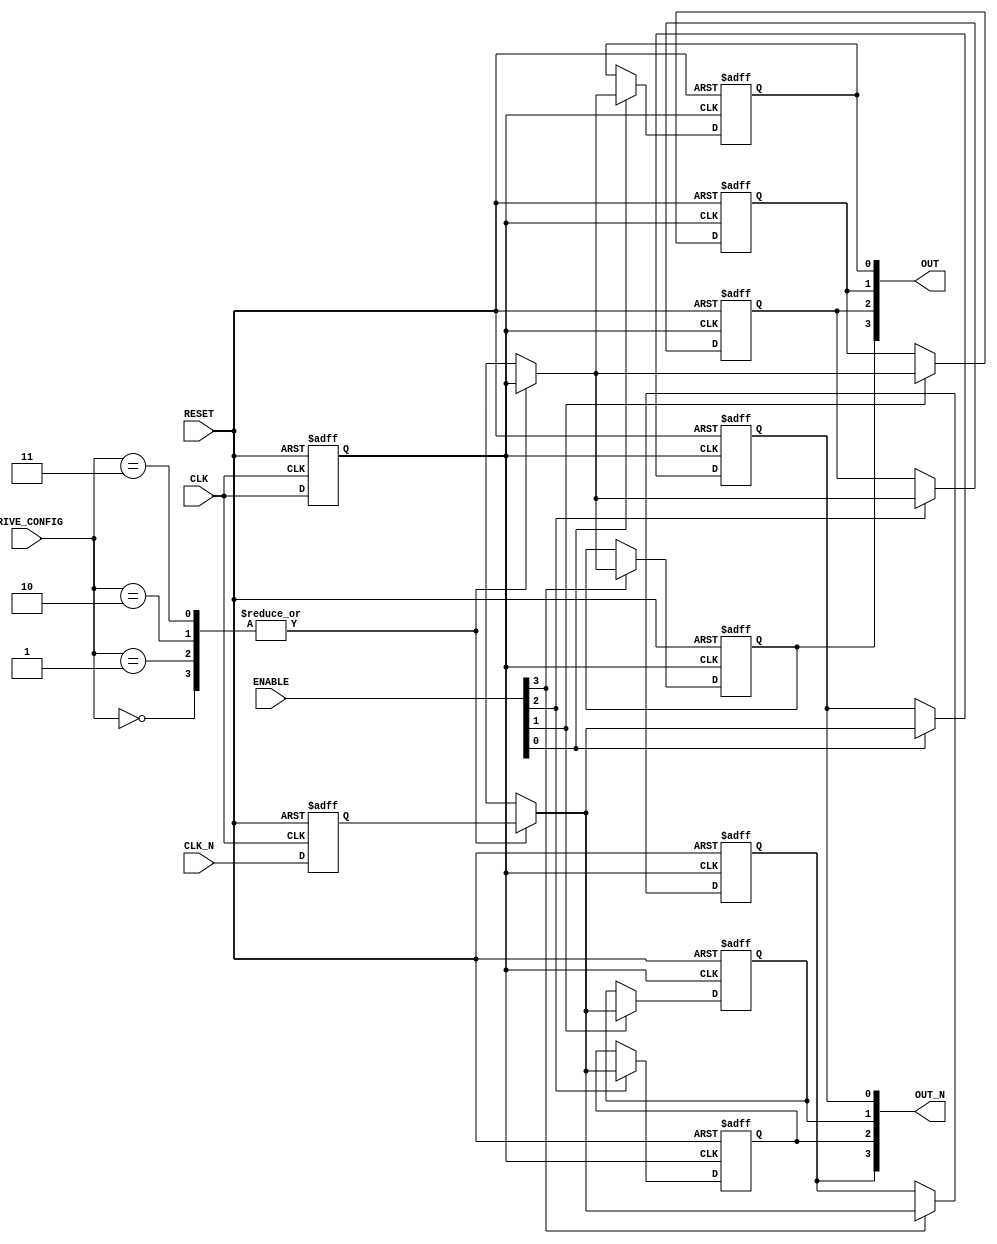
module differential_clock_buffer #(
    parameter NUM_OUTPUTS = 4, // Number of differential outputs
    parameter DRIVE_STRENGTH = 2 // Drive strength configuration (1-4)
)(
    input wire CLK,         // Differential clock input
    input wire CLK_N,       // Inverted differential clock input
    input wire [NUM_OUTPUTS-1:0] ENABLE, // Enable signals for each output pair
    input wire [1:0] DRIVE_CONFIG, // Drive strength configuration
    input wire RESET,       // Reset signal
    output wire [NUM_OUTPUTS-1:0] OUT, // Differential clock outputs
    output wire [NUM_OUTPUTS-1:0] OUT_N // Inverted differential clock outputs
);

// Internal signals
wire clk_buf, clk_n_buf;
reg [NUM_OUTPUTS-1:0] out_reg, out_n_reg;

// Input Stage with Hysteresis (simplified)
always @(posedge CLK or negedge RESET) begin
    if (!RESET) begin
        clk_buf <= 1'b0;
        clk_n_buf <= 1'b1; // Assume active low
    end else begin
        clk_buf <= CLK; // Buffer the CLK input
        clk_n_buf <= CLK_N; // Buffer the CLK_N input
    end
end

// Buffer Stage
generate
    genvar i;
    for (i = 0; i < NUM_OUTPUTS; i = i + 1) begin : output_generation
        always @(posedge clk_buf or negedge RESET) begin
            if (!RESET) begin
                out_reg[i] <= 1'b0;
                out_n_reg[i] <= 1'b1; // Assume active low
            end else if (ENABLE[i]) begin
                // Adjust drive strength based on DRIVE_CONFIG
                case (DRIVE_CONFIG)
                    2'b00: begin
                        out_reg[i] <= clk_buf; // Low drive strength
                        out_n_reg[i] <= clk_n_buf;
                    end
                    2'b01: begin
                        out_reg[i] <= clk_buf; // Medium drive strength
                        out_n_reg[i] <= clk_n_buf;
                    end
                    2'b10: begin
                        out_reg[i] <= clk_buf; // High drive strength
                        out_n_reg[i] <= clk_n_buf;
                    end
                    2'b11: begin
                        out_reg[i] <= clk_buf; // Maximum drive strength
                        out_n_reg[i] <= clk_n_buf;
                    end
                endcase
            end
        end
    end
endgenerate

// Output Stage
assign OUT = out_reg;
assign OUT_N = out_n_reg;

endmodule